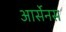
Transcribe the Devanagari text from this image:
आर्सेनस